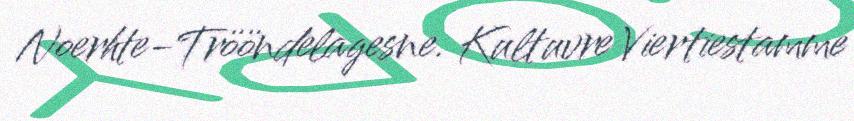
Noerhte-Trööndelagesne. Kultuvre Viertiestamme